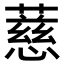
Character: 𬞧